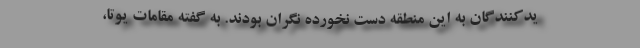
یدکنندگان به این منطقه دست نخورده نگران بودند. به گفته مقامات یوتا،